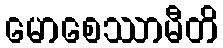
မောစေဿာမီတိ